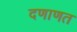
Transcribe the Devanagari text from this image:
दणाणत